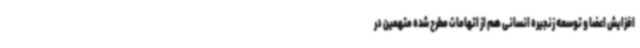
افزایش اعضا و توسعه زنجیره انسانی هم از اتهامات مطرح شده متهمین در